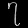
Digit: ၇